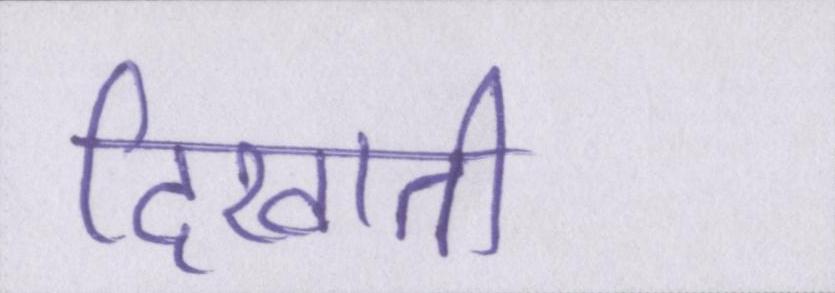
दिखाती